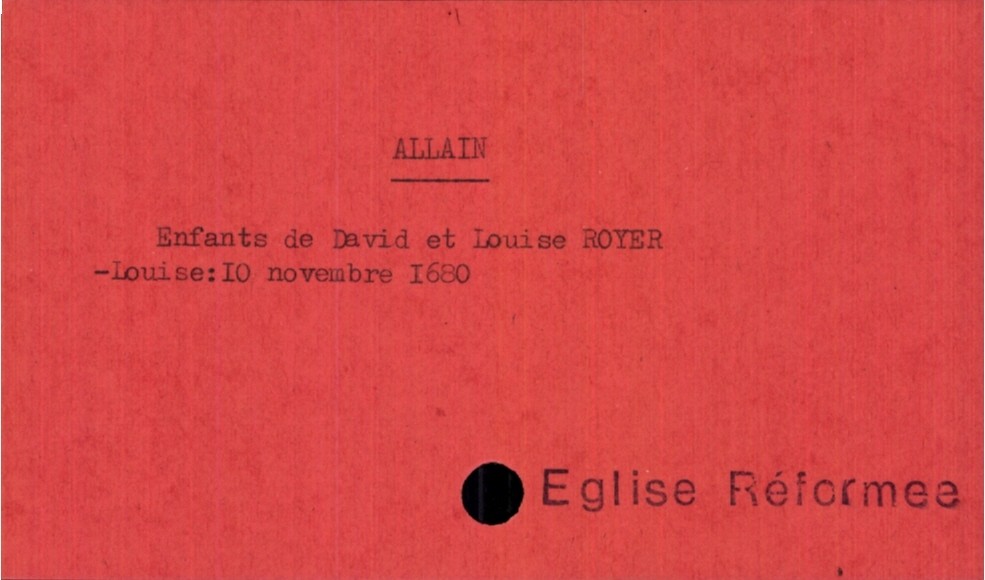
type_acte: Baptême
observations: Eglise Réformee
filiation: fille
enfant_prénom: Louise
enfant_date_de_naissance: 10 novembre 1680
père_enfant_nom: Alain
père_enfant_prénom: David
mère_enfant_nom: Royer
mère_enfant_prénom: Louise